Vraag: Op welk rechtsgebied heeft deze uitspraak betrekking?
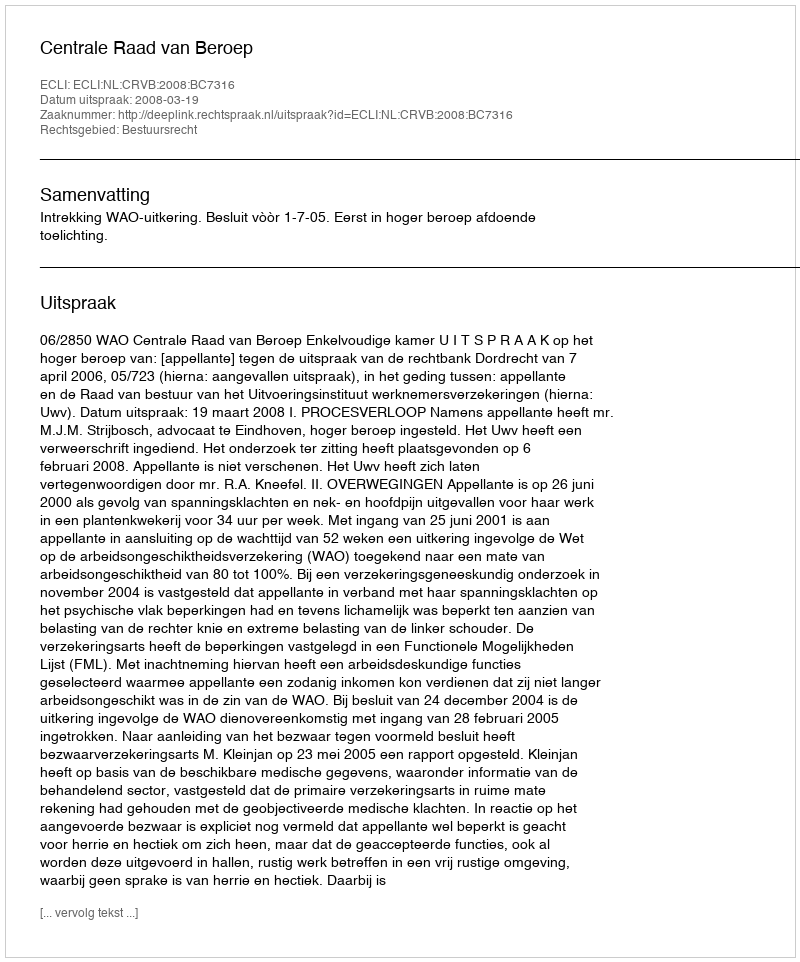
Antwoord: Bestuursrecht